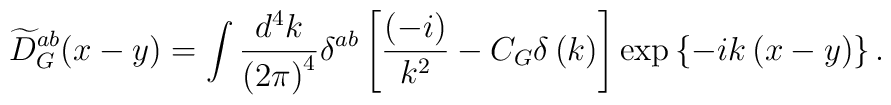
\widetilde{D}_G^{ab}(x-y)=\int \frac{d^4k}{\left(2\pi \right)^4}\delta ^{ab}\left[ \frac{\left(-i\right) }{k^2}-C_G\delta\left(k\right) \right] \exp \left\{ -ik\left(x-y\right) \right\}.